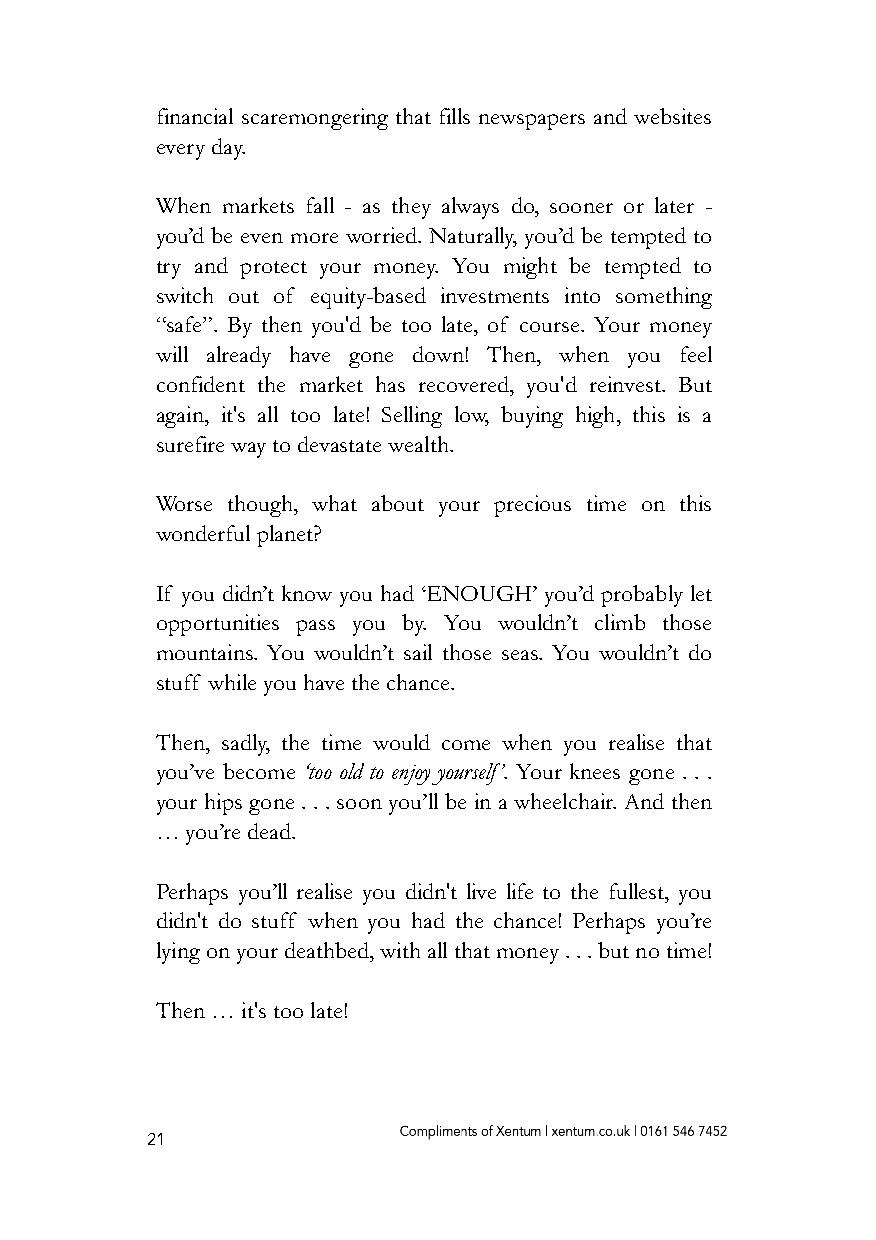
financial scaremongering that fills newspapers and websites
 every day.
 When markets fall - as they always do, sooner or later -
 you’d be even more worried. Naturally, you’d be tempted to
 try and protect your money. You might be tempted to
 switch out of equity-based investments into something
 “safe”. By then you'd be too late, of course. Your money
 will already have gone down! Then, when you feel
 confident the market has recovered, you'd reinvest. But
 again, it's all too late! Selling low, buying high, this is a
 surefire way to devastate wealth.
 Worse though, what about your precious time on this
 wonderful planet?
 If you didn’t know you had ‘ENOUGH’ you’d probably let
 opportunities pass you by. You wouldn’t climb those
 mountains. You wouldn’t sail those seas. You wouldn’t do
 stuff while you have the chance.
 Then, sadly, the time would come when you realise that
 you’ve become ‘too old to enjoy yourself’. Your knees gone . . .
 your hips gone . . . soon you’ll be in a wheelchair. And then
 … you’re dead.
 Perhaps you’ll realise you didn't live life to the fullest, you
 didn't do stuff when you had the chance! Perhaps you’re
 lying on your deathbed, with all that money . . . but no time!
 Then … it's too late!
 21